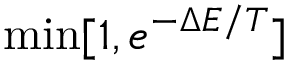
\operatorname* { m i n } [ 1 , e ^ { - \Delta E / T } ]